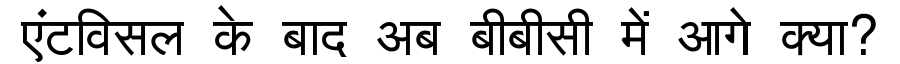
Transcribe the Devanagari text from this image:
एंटविसल के बाद अब बीबीसी में आगे क्या?